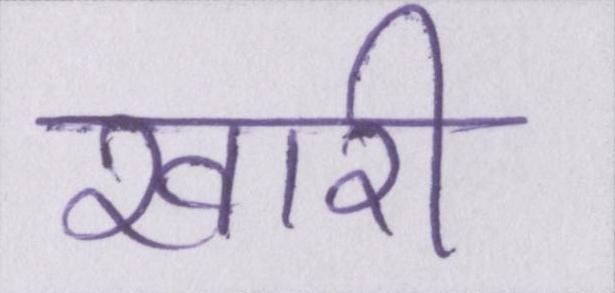
खारी